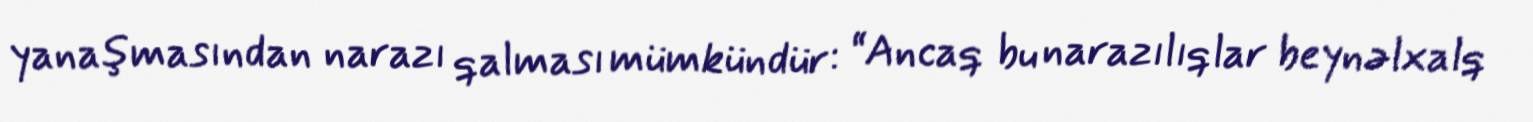
yanaşmasından narazı qalması mümkündür: “Ancaq bu narazılıqlar beynəlxalq